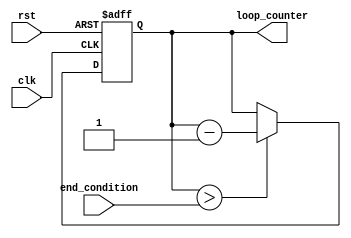
module DecrementalForLoop (
    input [7:0] end_condition,
    input clk,
    input rst,
    output reg [7:0] loop_counter
);

always @(posedge clk or posedge rst) begin
    if (rst) begin
        loop_counter <= 0;
    end else begin
        if (loop_counter > end_condition) begin
            loop_counter <= loop_counter - 1;
            // Execute set of statements or blocks of code here
        end
    end
end

endmodule